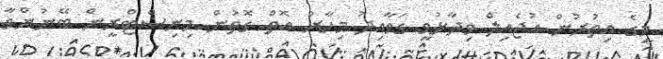
މީގެ އިތުރުން އުޖެއިލް ވިދާޅުވީ ގަވާއިދު މިހާރު އޮތް ގޮތުން މިނިސްޓްރީން ބޭނުންވާ